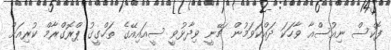
ފޮކްސް ނިއުސްއާ ވާހަކަ ދައްކަވަމުން ޗޭނީ ވިދާޅުވީ ސީއައިއޭގެ ތަހްގީގު ޕްރޮގްރާމް ކުރިއަށް